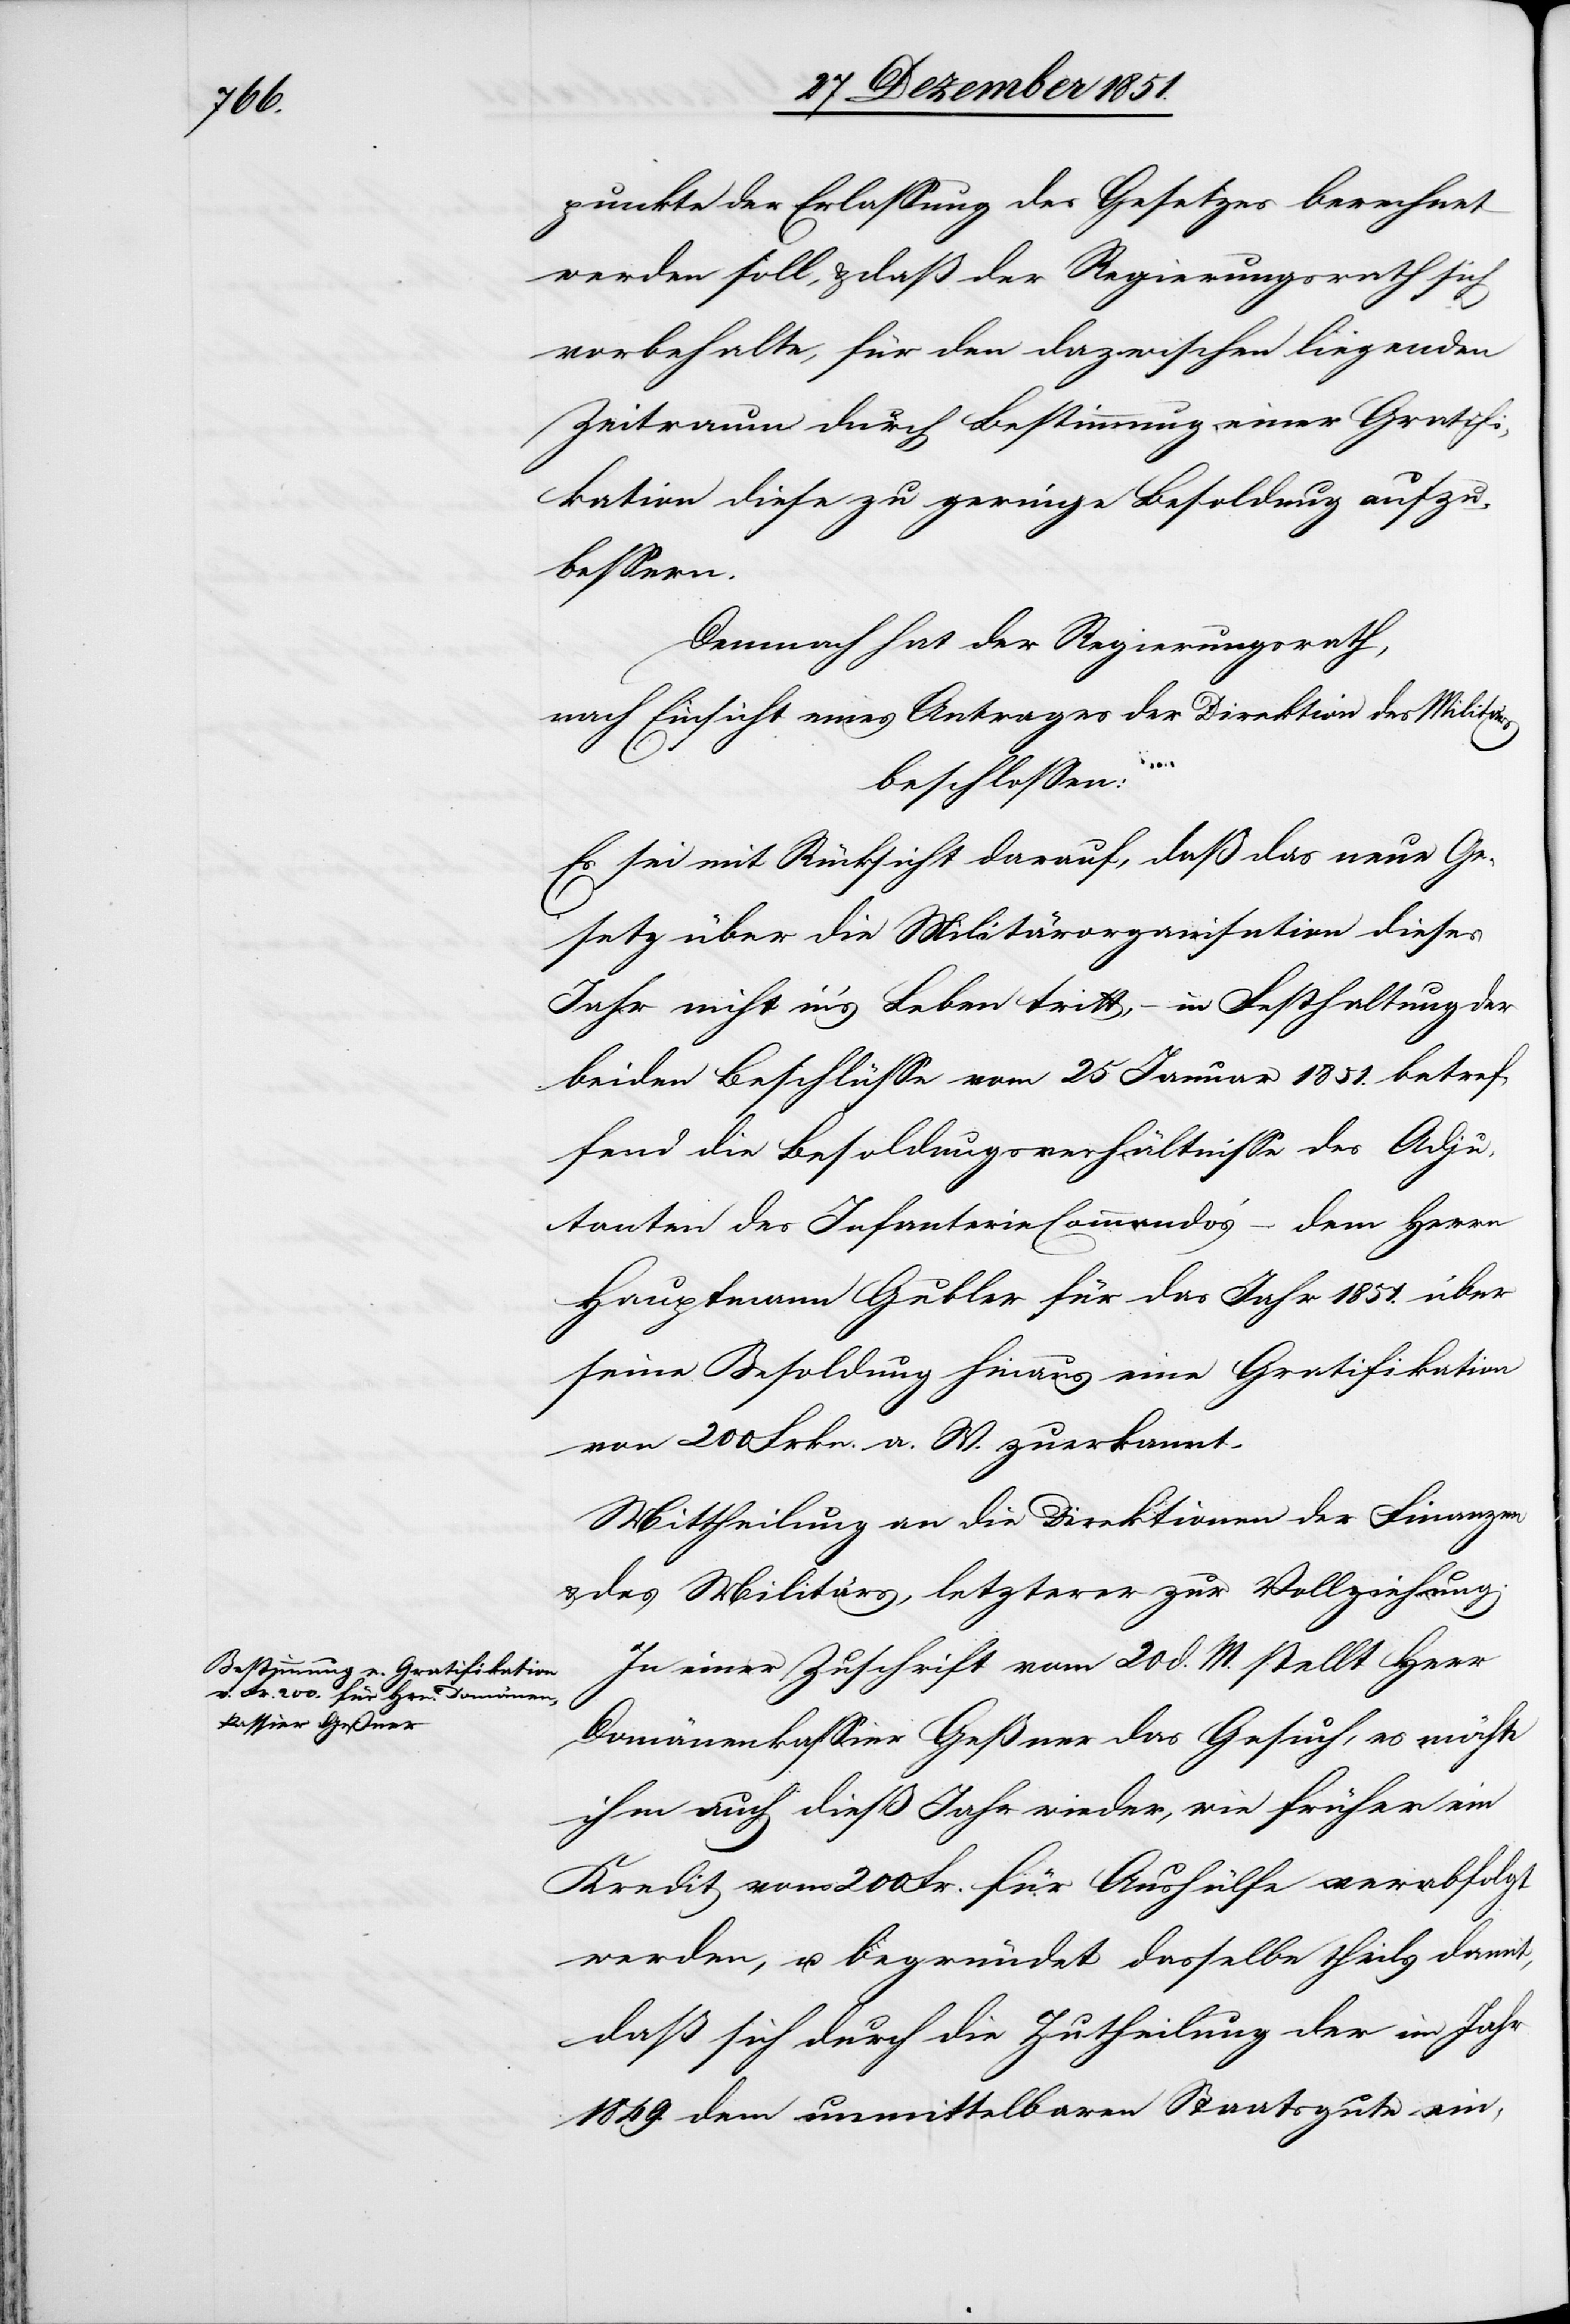
punkte der Erlassung des Gesetzes berechnet
werden soll, & daß der Regierungsrath sich
vorbehalte, für den dazwischen liegenden
Zeitraum durch Bestimmung einer Gratif¬
ikation diese zu geringe Besoldung aufzu¬
bessern.
Demnach hat der Regierungsrath,
nach Einsicht eines Antrages der Direktion des Militä¬
rs
beschlossen:
Es sei mit Rücksicht darauf, daß das neue Ge¬
setz über die Militärorganisation dieses
Jahr nicht in’s Leben tritt, – in Festhaltung der
beiden Beschlüsse vom 25 Januar 1851. betref¬
fend die Besoldungsverhältnisse des Adju¬
tanten des Infanterie-Commandos‘ – dem Herrn
Hauptmann Gubler für das Jahr 1851. über
seine Besoldung hinaus eine Gratifikation
von 200 Frkn. a. W. zuerkannt.
Mittheilung an die Direktionen der Finanzen
& des Militärs, letzterer zur Vollziehung.
In einer Zuschrift vom 20 d. M. stellt Herr
Domänenkassier Geßner das Gesuch, es möchte
ihm auch dieß Jahr wieder, wie früher ein
Kredit von 200 Fr. für Aushülfe verabfolgt
werden, u. begründet dasselbe theils damit,
daß sich durch die Zutheilung der im Jahr
1849. dem unmittelbaren Staatsgute ein-